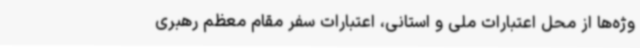
وژه‌ها از محل اعتبارات ملی و استانی، اعتبارات سفر مقام معظم رهبری